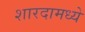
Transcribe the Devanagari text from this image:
शारदामध्ये